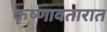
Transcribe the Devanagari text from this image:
कृष्णावतारात